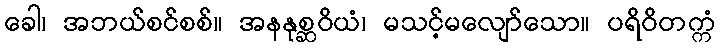
ခေါ၊ အဘယ်စင်စစ်။ အနနုစ္ဆဝိယံ၊ မသင့်မလျော်သော။ ပရိဝိတက္ကံ